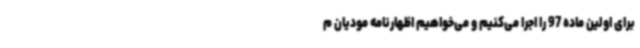
برای اولین ماده 97 را اجرا می‌کنیم و می‌خواهیم اظهارنامه مودیان م